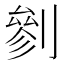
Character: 剼